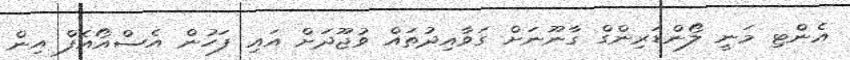
އެންޓި މަނީ ލޯންޑަރިންގް ގާނޫނަށް ގަވާއިދުތައް ވުޖޫދަށް އައި ފަހުން އެސްއޯއެފް އިން